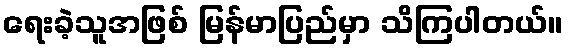
ရေးခဲ့သူအဖြစ် မြန်မာပြည်မှာ သိကြပါတယ်။